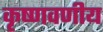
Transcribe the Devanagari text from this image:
कृष्णवणीय